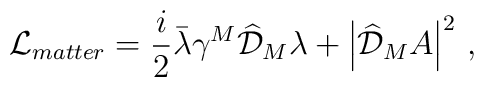
\mathcal{L}_{matter}=\frac{i}{2} \bar\lambda\gamma^M \widehat{\mathcal{D}}_M\lambda+\left|\widehat{\mathcal{D}}_M A\right|^2\, ,